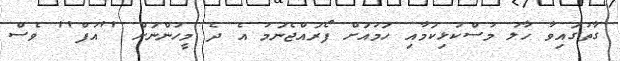
ގާތުގައިވާ ހާލު މުސްކުޅިކަމާއި ހަމައަށް ފޯރައްޖެނަމަ އެ ދެ މީހުންނަށް ''އުފް'' ވެސް